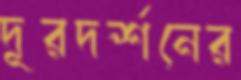
দূরদর্শনের